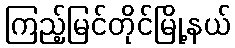
ကြည့်မြင်တိုင်မြို့နယ်